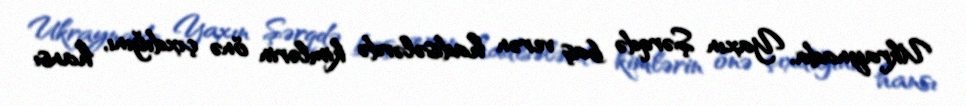
Ukraynada, Yaxın Şərqdə baş verən hadisələrdə kimlərin önə çıxdığını, hansı